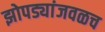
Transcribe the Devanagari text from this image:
झोपड्यांजवळच